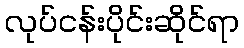
လုပ်ငန်းပိုင်းဆိုင်ရာ